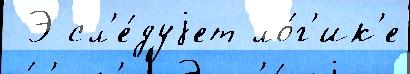
 Э сл'е́дуjет ло́г'ик'е